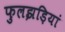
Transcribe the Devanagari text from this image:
फुलझड़ियां